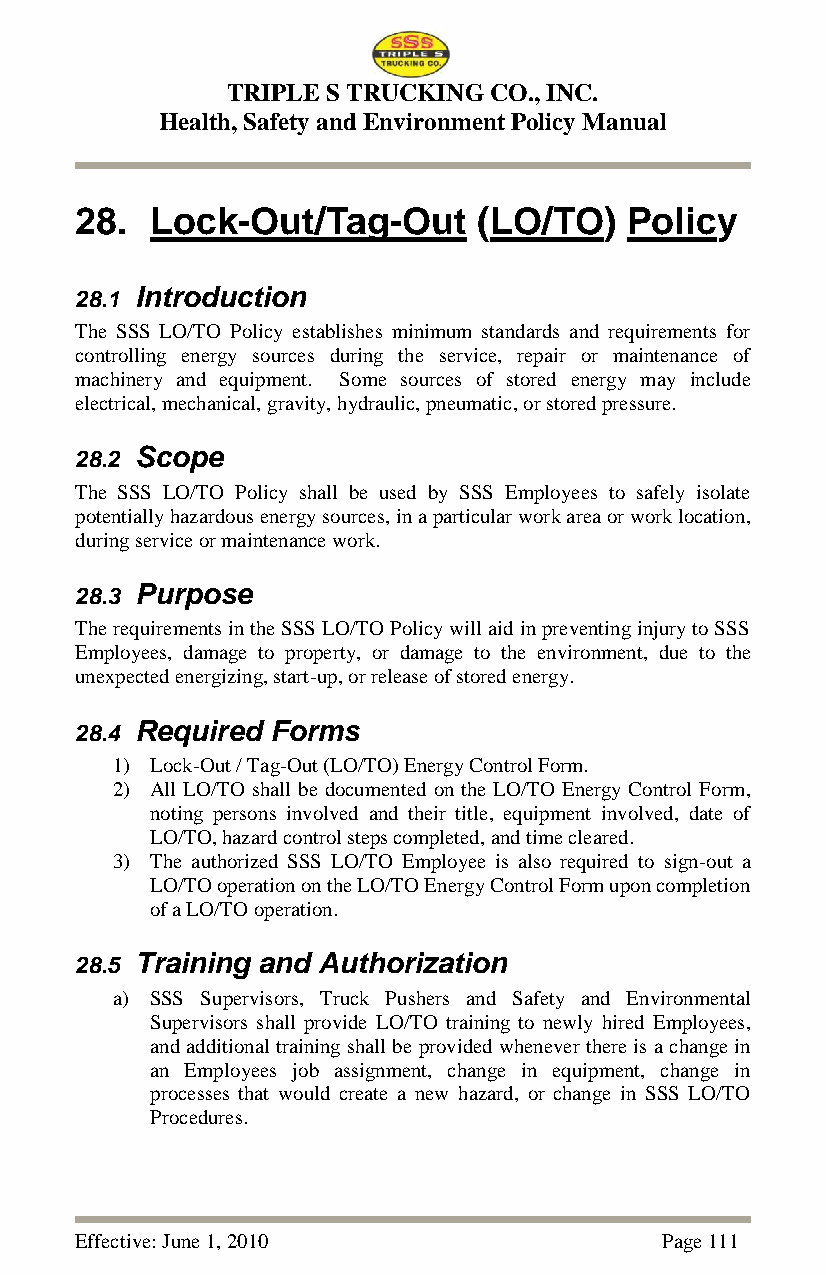
TRIPLE S TRUCKING CO., INC.
 Health, Safety and Environment Policy Manual
 28.  Lock-Out/Tag-Out      (LO/TO)  Policy
 28.1 Introduction
 The SSS LO/TO Policy establishes minimum standards and requirements for
 controlling energy sources during the service, repair or maintenance of
 machinery and equipment. Some sources of stored energy may include
 electrical, mechanical, gravity, hydraulic, pneumatic, or stored pressure.
 28.2 Scope
 The SSS LO/TO Policy shall be used by SSS Employees to safely isolate
 potentially hazardous energy sources, in a particular work area or work location,
 during service or maintenance work.
 28.3 Purpose
 The requirements in the SSS LO/TO Policy will aid in preventing injury to SSS
 Employees, damage to property, or damage to the environment, due to the
 unexpected energizing, start-up, or release of stored energy.
 28.4 Required Forms
 1) Lock-Out / Tag-Out (LO/TO) Energy Control Form.
 2) All LO/TO shall be documented on the LO/TO Energy Control Form,
 noting persons involved and their title, equipment involved, date of
 LO/TO, hazard control steps completed, and time cleared.
 3) The authorized SSS LO/TO Employee is also required to sign-out a
 LO/TO operation on the LO/TO Energy Control Form upon completion
 of a LO/TO operation.
 28.5 Training and Authorization
 a) SSS Supervisors, Truck Pushers and Safety and Environmental
 Supervisors shall provide LO/TO training to newly hired Employees,
 and additional training shall be provided whenever there is a change in
 an Employees job assignment, change in equipment, change in
 processes that would create a new hazard, or change in SSS LO/TO
 Procedures.
 Effective: June 1, 2010                Page 111